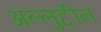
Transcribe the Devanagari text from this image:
अल्लुद्दीन